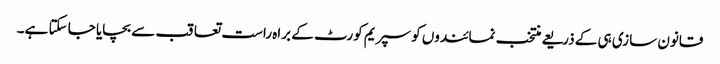
قانون سازی ہی کے ذریعے منتخب نمائندوں کو سپریم کورٹ کے براہ راست تعاقب سے بچایا جا سکتا ہے۔